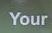
your